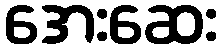
အေးဆေး